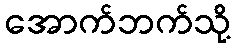
အောက်ဘက်သို့